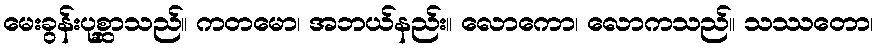
မေးခွန်းပုစ္ဆာသည်။ ကတမော၊ အဘယ်နည်း။ လောကော၊ လောကသည်။ သဿတော၊